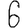
Digit: 6